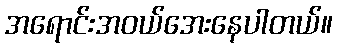
အရောင်းအဝယ်အေးနေပါတယ်။